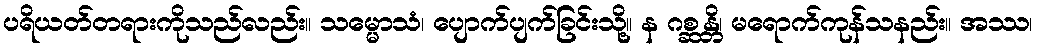
ပရိယတ်တရားကိုသည်လည်း။ သမ္မောသံ၊ ပျောက်ပျက်ခြင်းသို့။ န ဂစ္ဆန္တိ၊ မရောက်ကုန်သနည်း။ အဿ၊